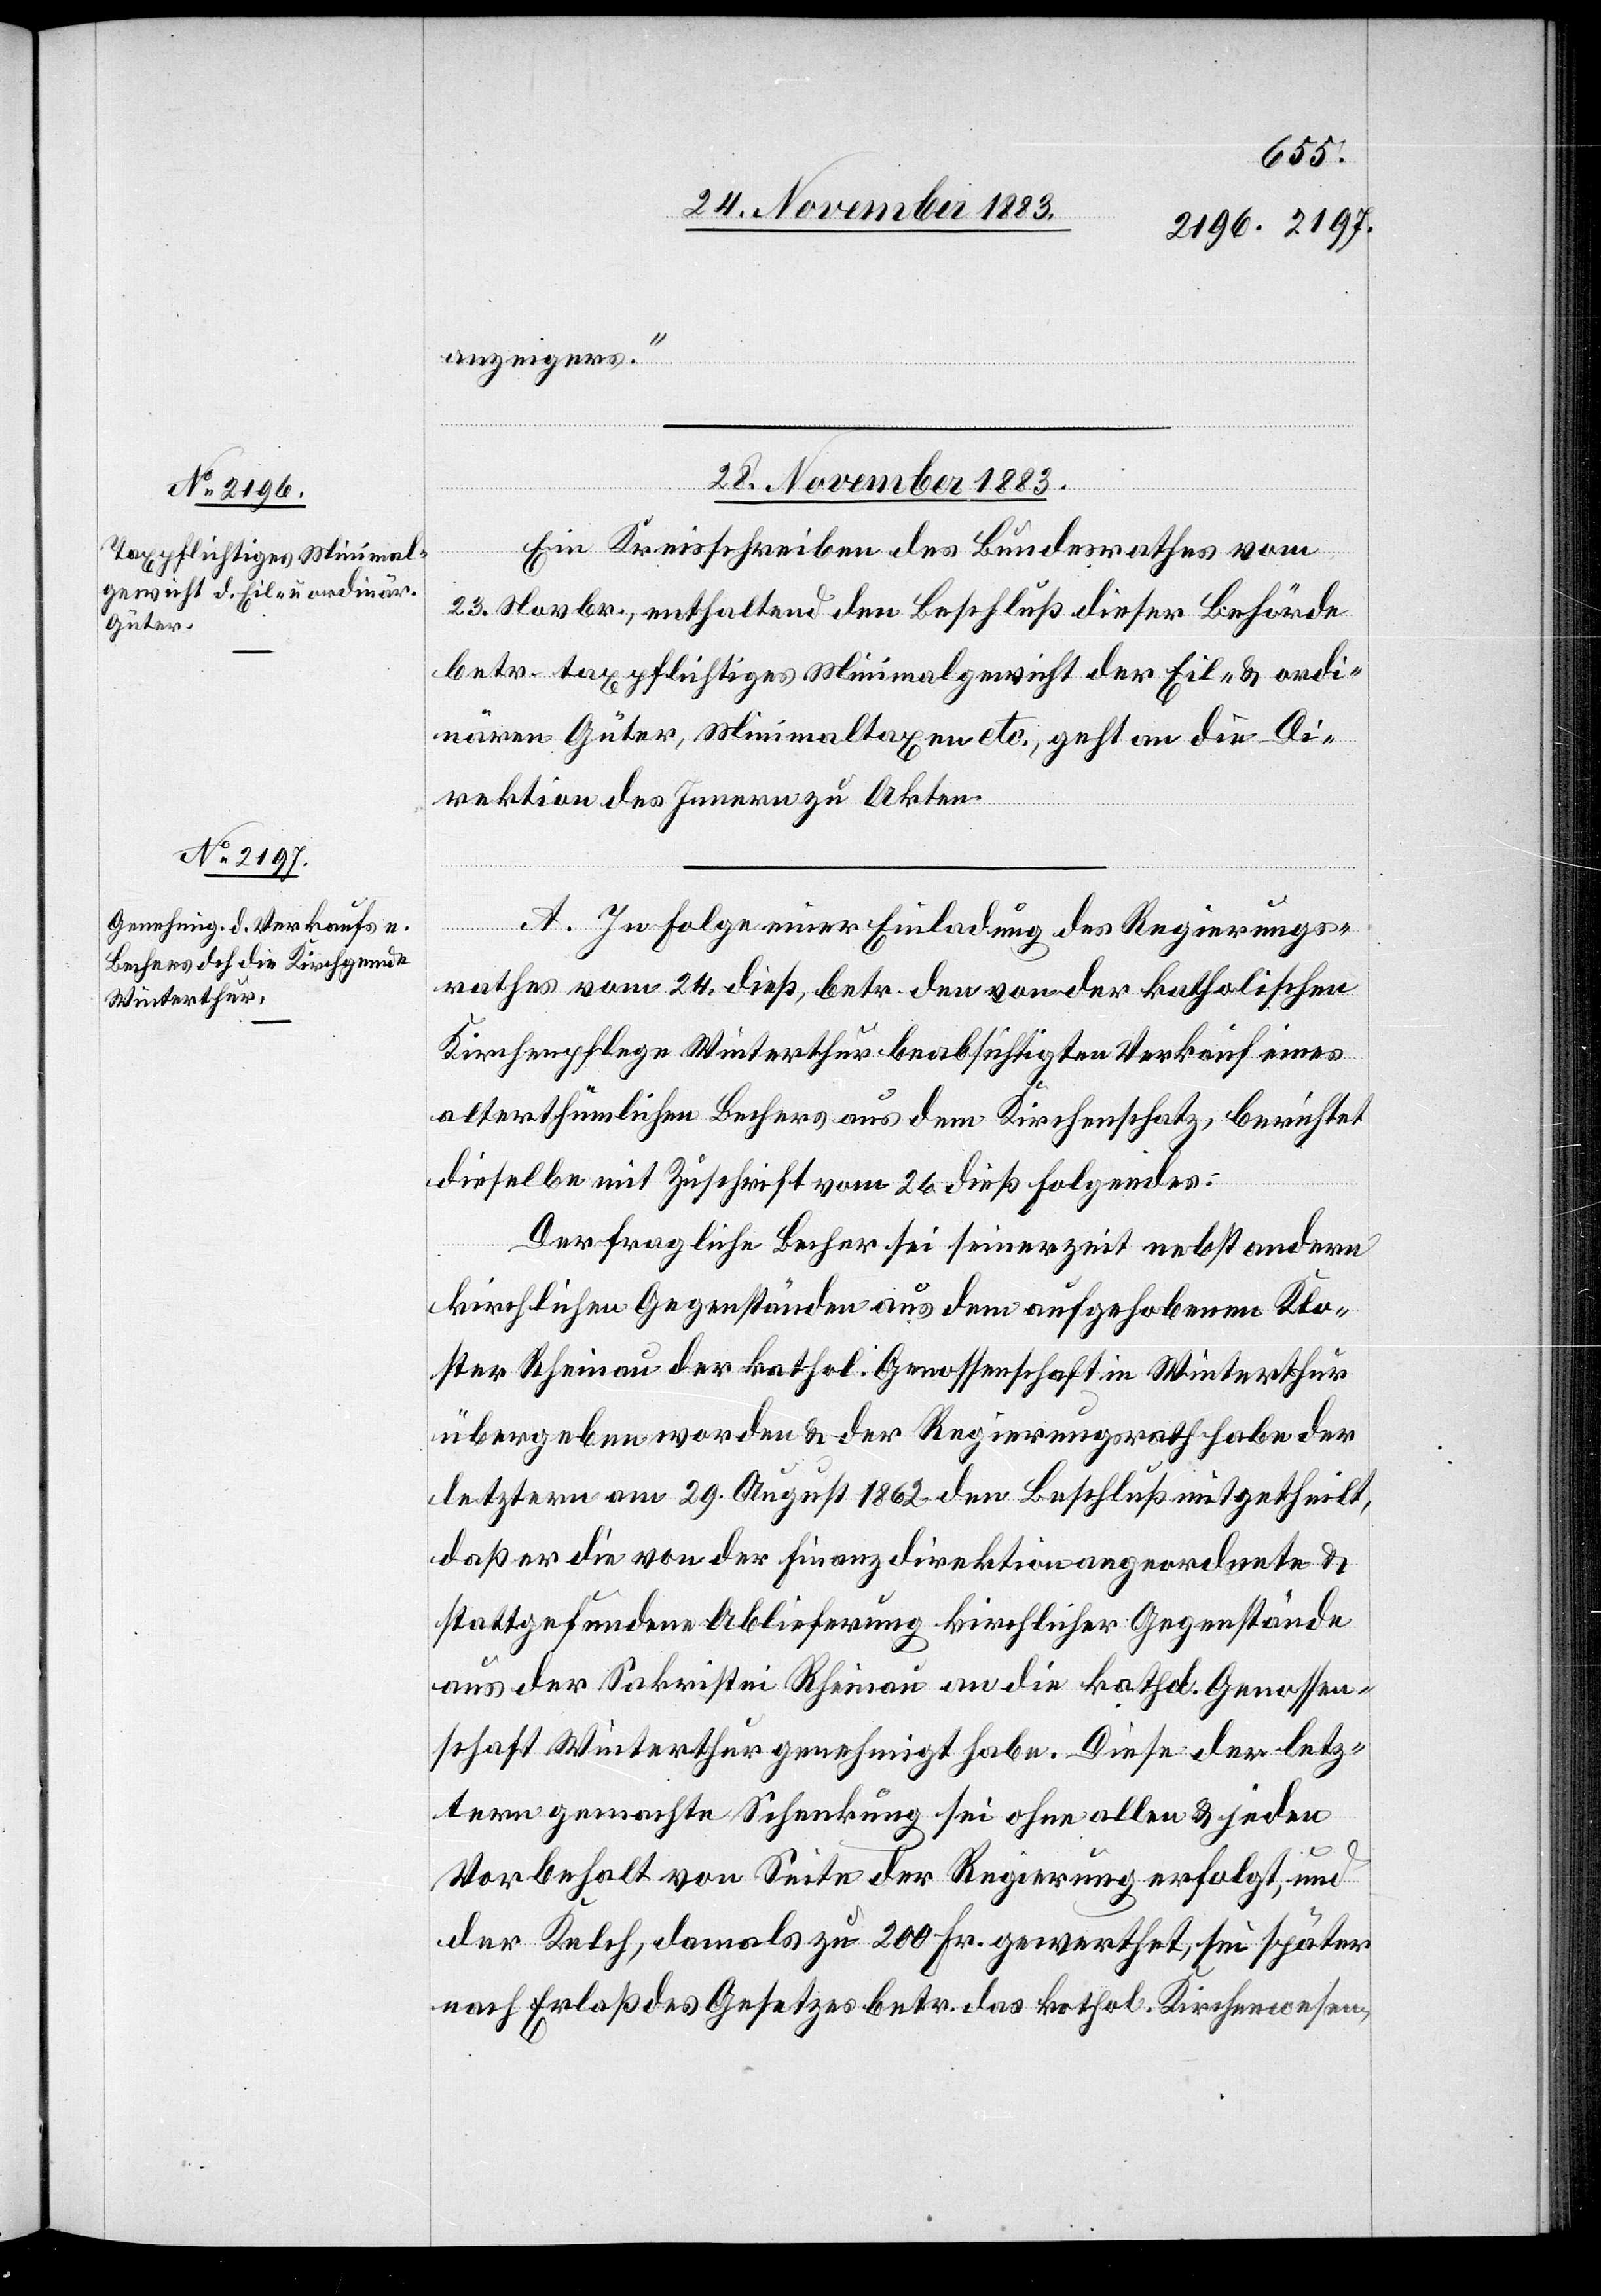
28. November 1883.]
anzeigers.“
Ein Kreisschreiben des Bundesrathes vom
23. Novbr., enthaltend den Beschluß dieser Behörde
betr. taxpflichtiges Minimalgewicht der Eil- & ordi¬
nären Güter, Minimaltaxe etc., geht an die Di¬
rektion des Innern zu Akten.
A. In Folge einer Einladung des Regierungs¬
rathes vom 24. dieß, betr. den von der katholischen
Kirchenpflege Winterthur beabsichtigten Verkauf eines
alterthümlichen Bechers aus dem Kirchenschatz, berichtet
dieselbe mit Zuschrift vom 26. dieß Folgendes:
Der fragliche Becher sei seinerzeit nebst andern
kirchlichen Gegenständen aus den aufgehobenen Klo¬
ster Rheinau der kathol. Genossenschaft in Winterthur
übergeben worden & der Regierungsrath habe der
letztern am 29. August 1862 den Beschluß mitgetheilt,
daß er die von der Finanzdirektion angeordnete &
stattgefundene Ablieferung kirchlicher Gegenstände
aus der Sakristei Rheinau an die kathol. Genossen¬
schaft Winterthur genehmigt habe. Diese der letz¬
tern gemachte Schenkung sei ohne allen & jeden
Vorbehalt von Seite der Regierung erfolgt, und
der Kelch, damals zu 200 Fr. gewerthet, sei später
nach Erlaß des Gesetzes betr. das kathol. Kirchenwesen,